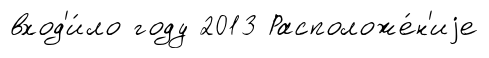
вход'и́ло году 2013 Расположе́н'иjе